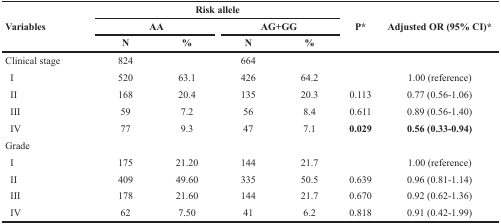
| <ROWSPAN=3> Variables | <COLSPAN=4> Risk allele | <ROWSPAN=3> P* | <ROWSPAN=3> Adjusted OR (95% CI)* |
 | <COLSPAN=2> AA | <COLSPAN=2> AG+GG |
 | N | % | N | % |
 | --- | --- | --- | --- | --- | --- | --- |
 | Clinical stage | 824 |  | 664 |  |  |  |
 | I | 520 | 63.1 | 426 | 64.2 |  | 1.00 (reference) |
 | II | 168 | 20.4 | 135 | 20.3 | 0.113 | 0.77 (0.56-1.06) |
 | III | 59 | 7.2 | 56 | 8.4 | 0.611 | 0.89 (0.56-1.40) |
 | IV | 77 | 9.3 | 47 | 7.1 | 0.029 | 0.56 (0.33-0.94) |
 | Grade |  |  |  |  |  |  |
 | I | 175 | 21.20 | 144 | 21.7 |  | 1.00 (reference) |
 | II | 409 | 49.60 | 335 | 50.5 | 0.639 | 0.96 (0.81-1.14) |
 | III | 178 | 21.60 | 144 | 21.7 | 0.670 | 0.92 (0.62-1.36) |
 | IV | 62 | 7.50 | 41 | 6.2 | 0.818 | 0.91 (0.42-1.99) |